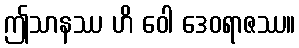
ဤသာနဿ ဟိ ဝေါ ဒေဝရာဇဿ။